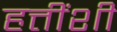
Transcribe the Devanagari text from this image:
हत्तींशी